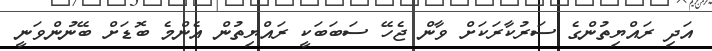
އަދި ރައްޔިތުންގެ ސަރުކާރަކަށް ވާން ޖެހޭ ސަބަބަކީ ރައްޔިތުން އެންމެ ބޮޑަށް ބޭނުންވަނީ